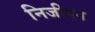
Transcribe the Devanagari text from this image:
निजीपन